Code of medical and sanitary regulations for the guidance of medical officers serving in the Madras Presidency - Volume II
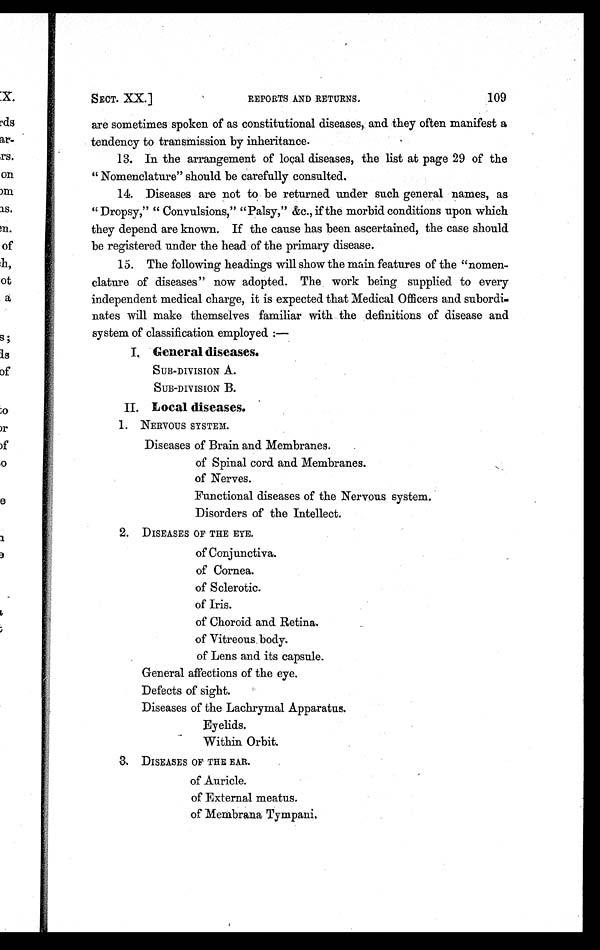
SECT. XX.]
REPORTS AND RETURNS.
109
are sometimes spoken of as constitutional diseases, and they often manifest a
tendency to transmission by inheritance.
13. In the arrangement of local diseases, the list at page 29 of the
" Nomenclature" should be carefully consulted.
14. Diseases are not to be returned under such general names, as
" Dropsy," " Convulsions," "Palsy," &c., if the morbid conditions upon which
they depend are known. If the cause has been ascertained, the case should
be registered under the head of the primary disease.
15. The following headings will show the main features of the "nomen
-clature of diseases" now adopted. The work being supplied to every
independent medical charge, it is expected that Medical Officers and subordi
-nates will make themselves familiar with the definitions of disease and
system of classification employed :—
I. General diseases.
SUB-DIVISION A.
SUB-DIVISION B.
II. Local diseases.
1 . N E R V O U S S Y S T E M .
Diseases of Brain and Membranes.
of Spinal cord and Membranes.
of Nerves.
Functional diseases of the Nervous system.
Disorders of the Intellect.
2. DISEASES OF THE EYE.
of Conjunctiva.
of Cornea.
of Sclerotic.
of Iris.
of Choroid and Retina.
of Vitreous body.
of Lens and its capsule.
General affections of the eye.
Defects of sight.
Diseases of the Lachrymal Apparatus.
Eyelids.
Within Orbit.
3 DISEASES OF THE EAR.
of Auricle.
of External meatus.
of Membrana Tympani.